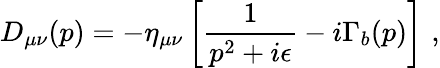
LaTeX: D_{\mu\nu}(p)=-\eta_{\mu\nu}\left[{\frac{1}{p^{2}+i\epsilon}}-i\Gamma_{b}(p)\right]\, \, ,